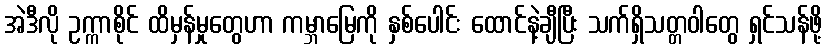
အဲဒီလို ဥက္ကာစိုင် ထိမှန်မှုတွေဟာ ကမ္ဘာမြေကို နှစ်ပေါင်း ထောင်နဲ့ချီပြီး သက်ရှိသတ္တဝါတွေ ရှင်သန်ဖို့